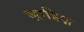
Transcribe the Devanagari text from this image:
ज़ाहिज़